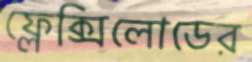
ফ্লেক্সিলোডের